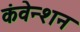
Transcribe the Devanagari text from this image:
कंवेन्शन